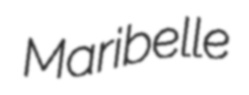
Maribelle